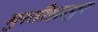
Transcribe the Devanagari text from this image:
मुरतीझापुर